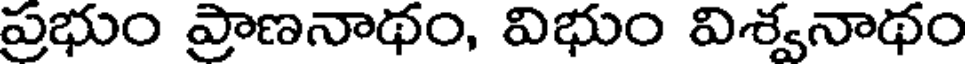
ప్రభుం ప్రాణనాథం, విభుం విశ్వనాథం